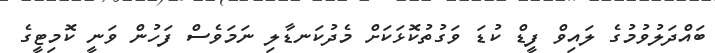
ބައްދަލުވުމުގެ ލައިވް ފީޑް ކުޑަ ވަގުތުކޮޅަކަށް މެދުކަނޑާލި ނަމަވެސް ފަހުން ވަނީ ކޮމިޓީގެ